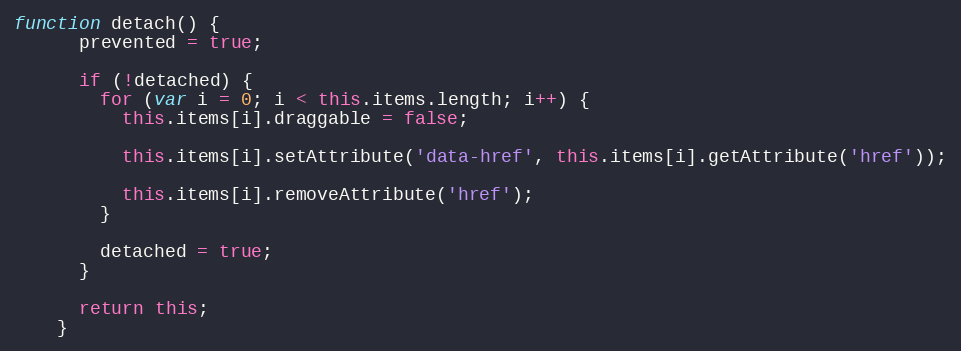
Language: JavaScript
function detach() {
      prevented = true;

      if (!detached) {
        for (var i = 0; i < this.items.length; i++) {
          this.items[i].draggable = false;

          this.items[i].setAttribute('data-href', this.items[i].getAttribute('href'));

          this.items[i].removeAttribute('href');
        }

        detached = true;
      }

      return this;
    }